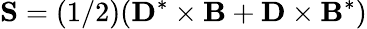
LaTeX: {\mathbf S}=({1}/{2})({\mathbf D}^{*}\times{\mathbf B}+{\mathbf D}\times{\mathbf B}^{*})